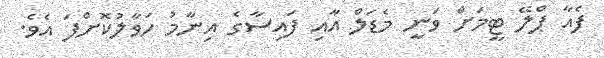
ފެއާ ޕްލޭ ޓީމަށް ވަނީ މެޑަލް އާއި ފައިސާގެ އިނާމު ހަވާލުކޮށްފަ އެވެ.